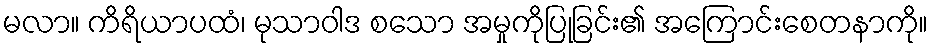
မလာ။ ကိရိယာပထံ၊ မုသာဝါဒ စသော အမှုကိုပြုခြင်း၏ အကြောင်းစေတနာကို။